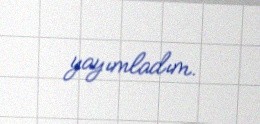
yayımladım.